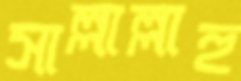
সাল্লাল্লাহু